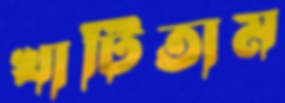
খাটিতাম